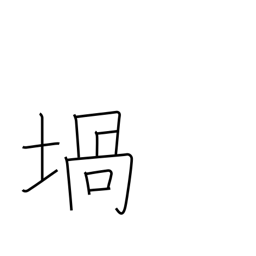
Meaning: crucible